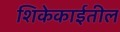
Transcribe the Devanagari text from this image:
शिकेकाईतील